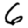
Digit: 6